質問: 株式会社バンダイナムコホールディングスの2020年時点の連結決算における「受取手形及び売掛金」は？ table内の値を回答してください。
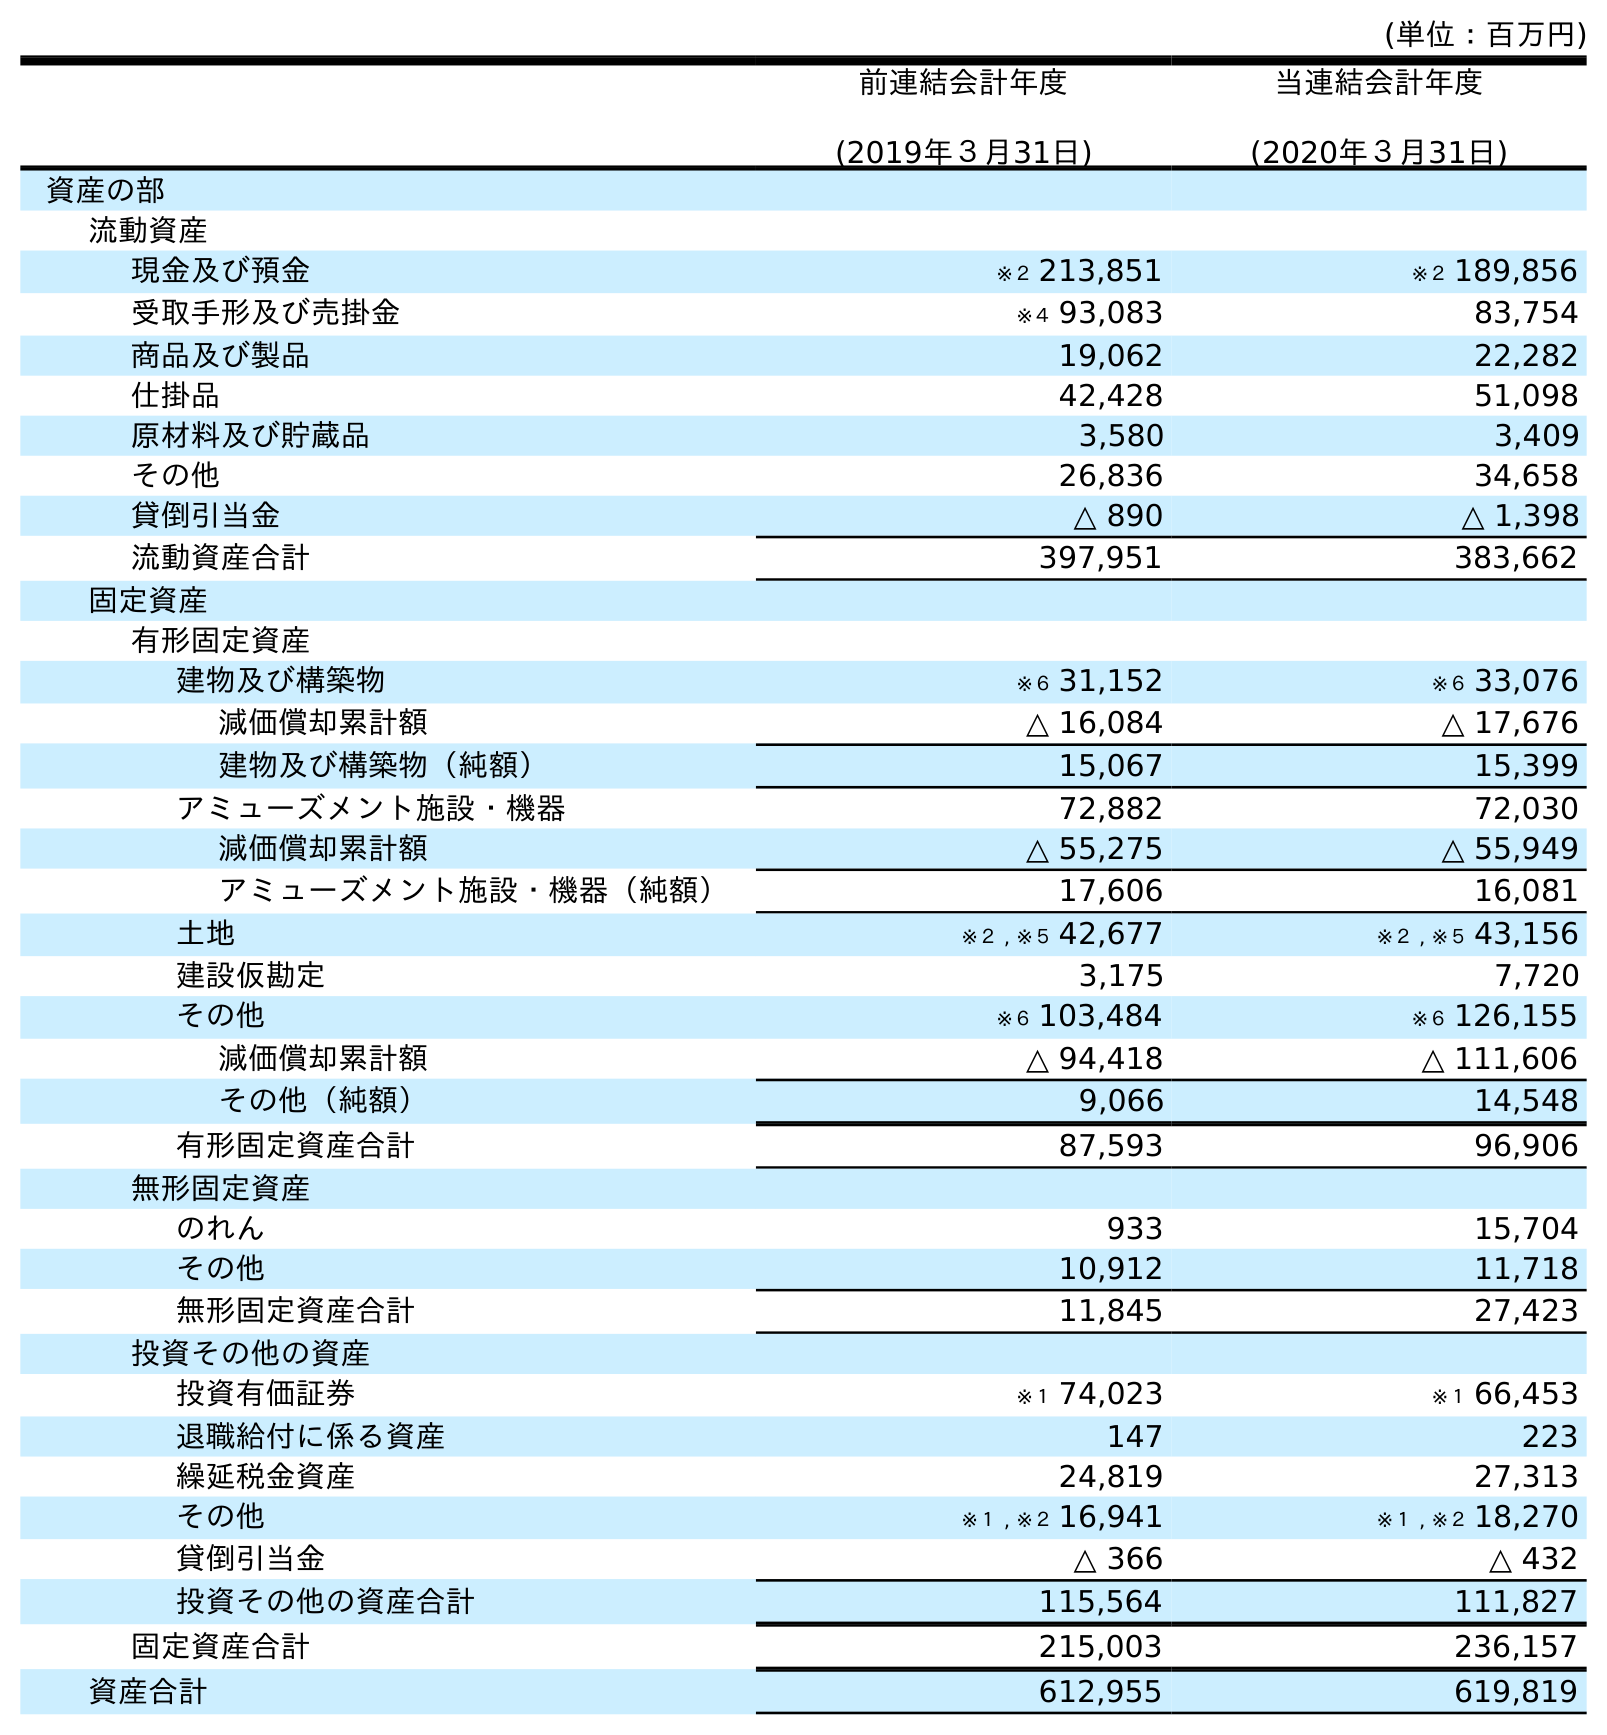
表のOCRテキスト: (単位：百万円) 前連結会計年度 (2019年３月31日) 当連結会計年度 (2020年３月31日) 資産の部 流動資産 現金及び預金 ※２ 213,851 ※２ 189,856 受取手形及び売掛金 ※４ 93,083 83,754 商品及び製品 19,062 22,282 仕掛品 42,428 51,098 原材料及び貯蔵品 3,580 3,409 その他 26,836 34,658 貸倒引当金 △ 890 △ 1,398 流動資産合計 397,951 383,662 固定資産 有形固定資産 建物及び構築物 ※６ 31,152 ※６ 33,076 減価償却累計額 △ 16,084 △ 17,676 建物及び構築物（純額） 15,067 15,399 アミューズメント施設・機器 72,882 72,030 減価償却累計額 △ 55,275 △ 55,949 アミューズメント施設・機器（純額） 17,606 16,081 土地 ※２ , ※５ 42,677 ※２ , ※５ 43,156 建設仮勘定 3,175 7,720 その他 ※６ 103,484 ※６ 126,155 減価償却累計額 △ 94,418 △ 111,606 その他（純額） 9,066 14,548 有形固定資産合計 87,593 96,906 無形固定資産 のれん 933 15,704 その他 10,912 11,718 無形固定資産合計 11,845 27,423 投資その他の資産 投資有価証券 ※１ 74,023 ※１ 66,453 退職給付に係る資産 147 223 繰延税金資産 24,819 27,313 その他 ※１ , ※２ 16,941 ※１ , ※２ 18,270 貸倒引当金 △ 366 △ 432 投資その他の資産合計 115,564 111,827 固定資産合計 215,003 236,157 資産合計 612,955 619,819
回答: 83,754